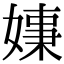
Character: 𡠑